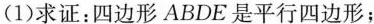
(1)求证：四边形ABDE是平行四边形；